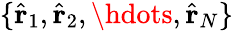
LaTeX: \{ \hat{\mathbf{r}}_{1},\hat{\mathbf{r}}_{2},\hdots,\hat{\mathbf{r}}_{N}\}